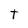
Character: t